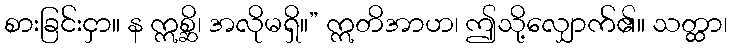
စားခြင်းငှာ။ န ဣစ္ဆိ၊ အလိုမရှိ။” ဣတိအာဟ၊ ဤသို့လျှောက်၏။ သတ္ထာ၊